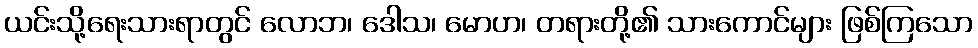
ယင်းသို့ရေးသားရာတွင် လောဘ၊ ဒေါသ၊ မောဟ၊ တရားတို့၏ သားကောင်များ ဖြစ်ကြသော